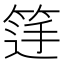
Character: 𮅚